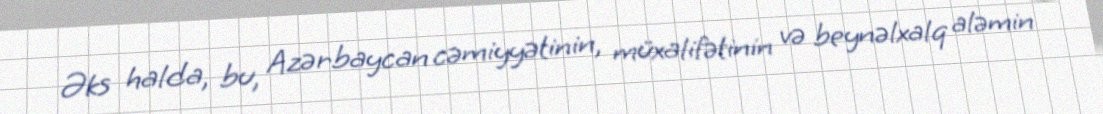
Əks halda, bu, Azərbaycan cəmiyyətinin, müxalifətinin və beynəlxalq aləmin